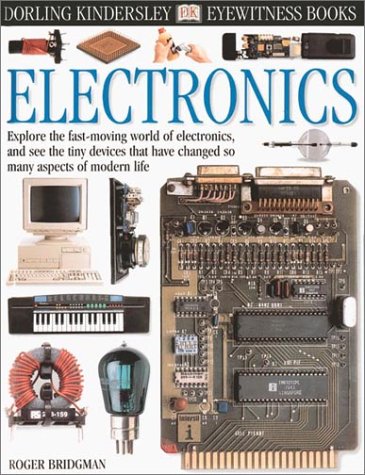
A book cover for Eyewitness: Electronics (Eyewitness Books); Jack Challoner; Children's Books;